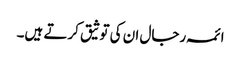
ائمہ رجال ان کی توثیق کرتے ہیں۔